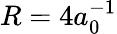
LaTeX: R=4a_{0}^{-1}